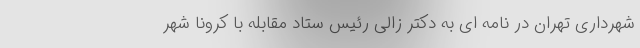
شهرداری تهران در نامه ای به دکتر زالی رئیس ستاد مقابله با کرونا شهر